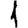
Digit: 1